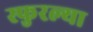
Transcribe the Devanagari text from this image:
स्फुरल्या